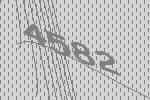
4582